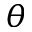
\theta